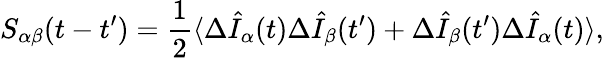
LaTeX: S_{\alpha\beta}(t-t^{\prime})=\frac{1}{2}\langle\Delta\hat{I}_{\alpha}(t)\Delta\hat{I}_{\beta}(t^{\prime})+\Delta\hat{I}_{\beta}(t^{\prime})\Delta\hat{I}_{\alpha}(t)\rangle,